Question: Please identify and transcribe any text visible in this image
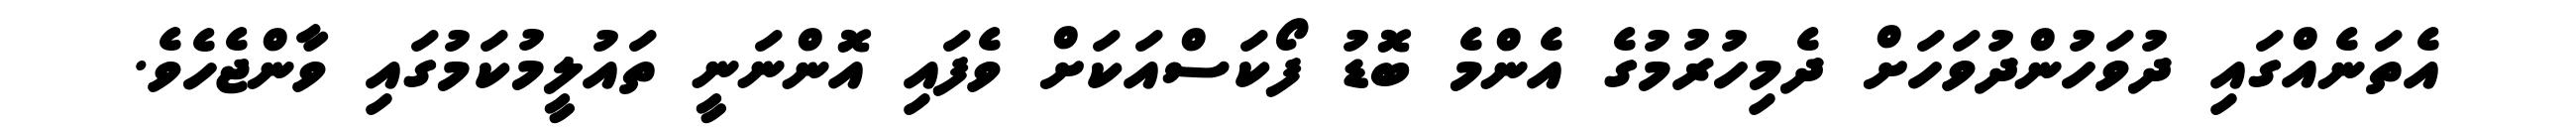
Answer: އެތަނެއްގައި ދުވަހުންދުވަހަށް ދެމިހުރުމުގެ އެންމެ ބޮޑު ފޯކަސްއަކަށް ވެފައި އޮންނަނީ ތައުލީމުކަމުގައި ވާންޖެހެވެ.